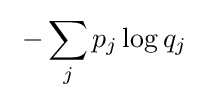
\;-\sum _{j}p_{j}\log q_{j}